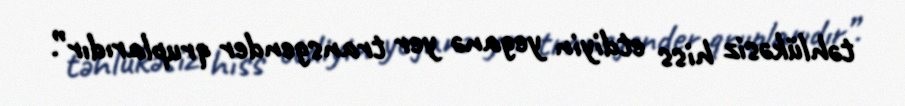
təhlükəsiz hiss etdiyin yeganə yer transgender qruplarıdır”.